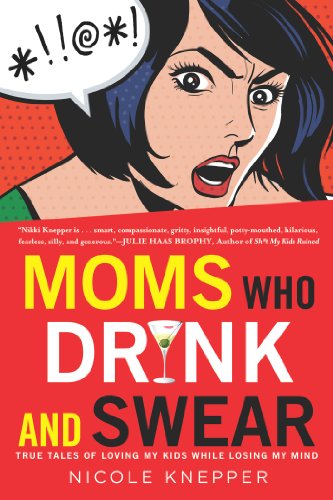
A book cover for Moms Who Drink and Swear: True Tales of Loving My Kids While Losing My Mind; Nicole Knepper; Humor & Entertainment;